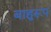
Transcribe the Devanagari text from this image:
बाहुरूप